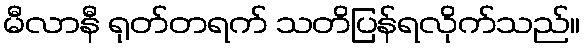
မီလာနီ ရုတ်တရက် သတိပြန်ရလိုက်သည်။